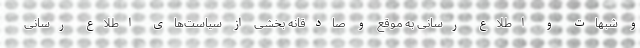
و شبهات و اطلاع رسانی به موقع و صادقانه بخشی از سیاست‌های اطلاع رسانی